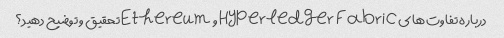
درباره تفاوت های Hyperledger Fabric و Ethereum تحقیق و توضیح دهید؟